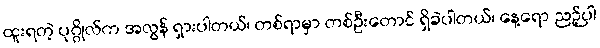
ထူးရတဲ့ ပုဂ္ဂိုလ်က အလွန် ရှားပါတယ်၊ တစ်ရာမှာ တစ်ဦးတောင် ရှိခဲပါတယ်၊ နေ့ရော ညဉ့်ပါ